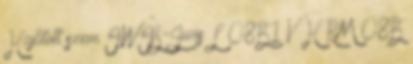
Hajlított szem IWIS-Jwis L 08B1 V H RM 08B